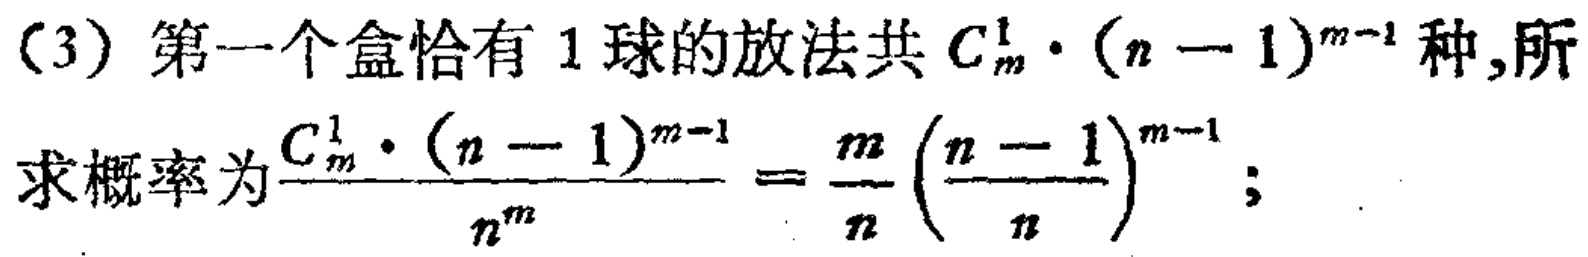
(3) 第一个盒恰有 1 球的放法共 \(C_{m}^{1} \cdot (n - 1)^{m - 1}\) 种,所求概率为\(\frac{C_{m}^{1} \cdot (n - 1)^{m - 1}}{n^{m}} = \frac{m}{n} \left(\frac{n - 1}{n}\right)^{m - 1}\);